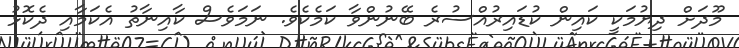
މޫދަށް ދިޔުމަކީ ކައިން ކުޑައިރުއްސުރެ ބޭނުންވާ ކަމެކެވެ. ނަމަވެސް ކާއިނާތު އެކަމާއި ދެކޮޅު